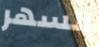
السهر